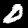
Label: 0